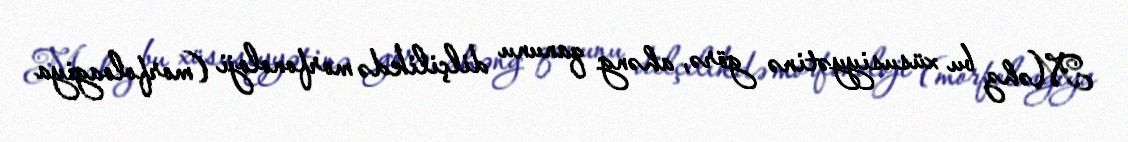
Məhz bu xüsusiyyətinə görə, ahəng qanunu dilçilikdə morfonoloji (morfoloagiya